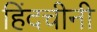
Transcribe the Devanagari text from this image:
हिंदचीनी